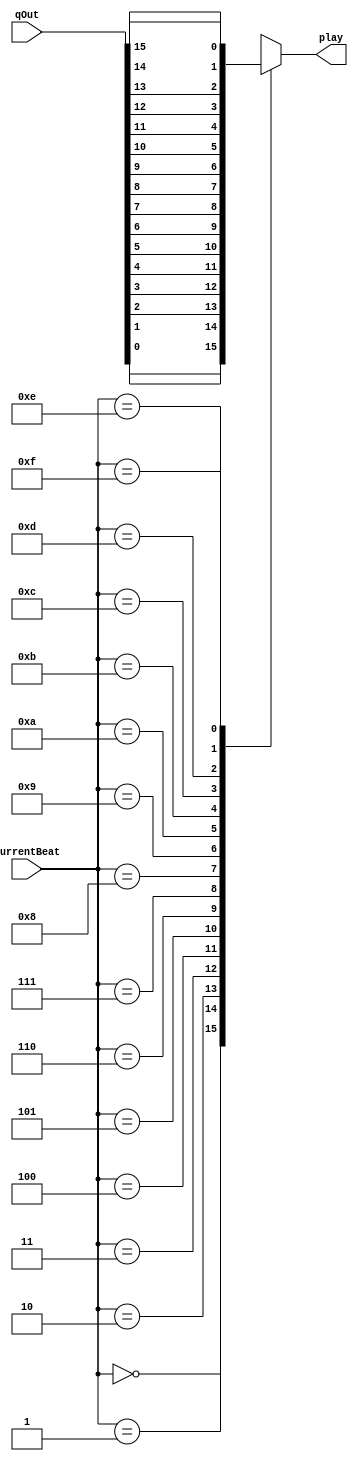
module beatSelect(currentBeat, qOut, play);
	input [3:0]currentBeat;
	input [15:0] qOut;
	output reg play;
	always@(*)
	begin
		case (currentBeat)
			4'b0000: begin play = qOut[0];
			end
			4'b0001: begin play = qOut[1];
			end
			4'b0010: begin play = qOut[2];
			end
			4'b0011: begin play = qOut[3];
			end
			4'b0100: begin play = qOut[4];
			end
			4'b0101: begin play = qOut[5];
			end
			4'b0110: begin play = qOut[6];
			end
			4'b0111: begin play = qOut[7];
			end
			4'b1000: begin play = qOut[8];
			end
			4'b1001: begin play = qOut[9];
			end
			4'b1010: begin play = qOut[10];
			end
			4'b1011: begin play = qOut[11];
			end
			4'b1100: begin play = qOut[12];
			end
			4'b1101:	begin play = qOut[13];
			end
			4'b1110: begin play = qOut[14];
			end
			4'b1111: begin play = qOut[15];
			end
		endcase
	end
endmodule